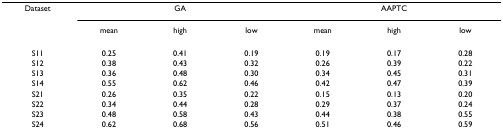
<table><thead><tr><td><b>Dataset</b></td><td colspan="3"><b>GA</b></td><td colspan="3"><b>AAPTC</b></td></tr><tr><td>[EMPTY_CELL]</td><td><b>mean</b></td><td><b>high</b></td><td><b>low</b></td><td><b>mean</b></td><td><b>high</b></td><td><b>low</b></td></tr></thead><tbody><tr><td>S11</td><td>0.25</td><td>0.41</td><td>0.19</td><td>0.19</td><td>0.17</td><td>0.28</td></tr><tr><td>S12</td><td>0.38</td><td>0.43</td><td>0.32</td><td>0.26</td><td>0.39</td><td>0.22</td></tr><tr><td>S13</td><td>0.36</td><td>0.48</td><td>0.30</td><td>0.34</td><td>0.45</td><td>0.31</td></tr><tr><td>S14</td><td>0.55</td><td>0.62</td><td>0.46</td><td>0.42</td><td>0.47</td><td>0.39</td></tr><tr><td>S21</td><td>0.26</td><td>0.35</td><td>0.22</td><td>0.15</td><td>0.13</td><td>0.20</td></tr><tr><td>S22</td><td>0.34</td><td>0.44</td><td>0.28</td><td>0.29</td><td>0.37</td><td>0.24</td></tr><tr><td>S23</td><td>0.48</td><td>0.58</td><td>0.43</td><td>0.44</td><td>0.38</td><td>0.55</td></tr><tr><td>S24</td><td>0.62</td><td>0.68</td><td>0.56</td><td>0.51</td><td>0.46</td><td>0.59</td></tr></tbody></table>